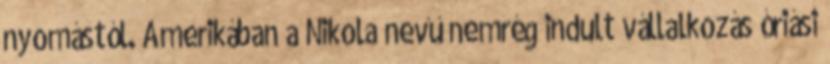
nyomástól. Amerikában a Nikola nevű nemrég indult vállalkozás óriási